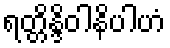
ရတ္တိန္ဒိဝါနိပါဟံ